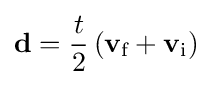
\mathbf {d} ={\frac {t}{2}}\left(\mathbf {v} _{\text{f}}+\mathbf {v} _{\text{i}}\right)